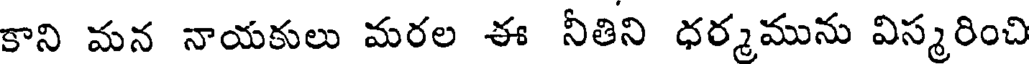
కాని మన నాయకులు మరల ఈ నీతిని ధర్మమును విస్మరించి